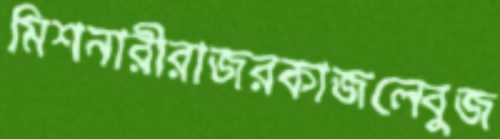
মিশনারীরাজরকাজলেবুজ